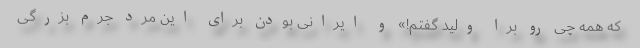
که همه چی رو برا ولید گفتم!» و ایرانی بودن برای این مرد جرم بزرگی